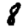
Digit: 8